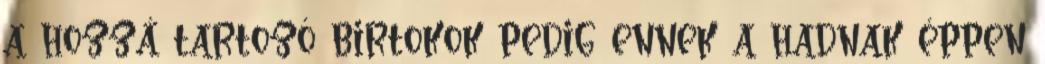
a hozzá tartozó birtokok pedig ennek a hadnak éppen